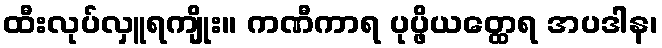
ထီးလုပ်လှူရကျိုး။ ကဏီကာရ ပုပ္ဖိယတ္ထေရ အပဒါန၊